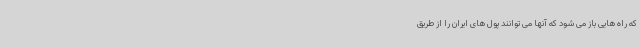
که راه هایی باز می شود که آنها می توانند پول های ایران را از طریق